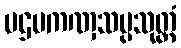
ပဌမကဏှသပ္ပသုတ္တံ